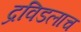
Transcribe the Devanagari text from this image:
द्रविडलाच